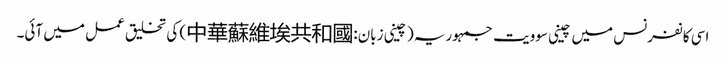
اسی کانفرنس میں چینی سوویت جمہوریہ (چینی زبان:中華蘇維埃共和國) کی تخلیق عمل میں آئی۔